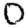
Digit: 0